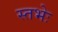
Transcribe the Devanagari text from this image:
स्तभेः